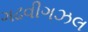
ગઢવીગઝલ